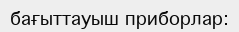
бағыттауыш приборлар: